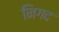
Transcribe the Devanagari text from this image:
निगद